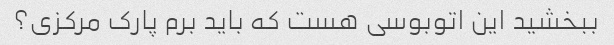
ببخشید این اتوبوسی هست که باید برم پارک مرکزی؟